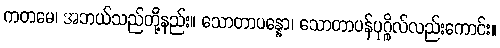
ကတမေ၊ အဘယ်သည်တို့နည်း။ သောတာပန္နော၊ သောတာပန်ပုဂ္ဂိုလ်လည်းကောင်း။